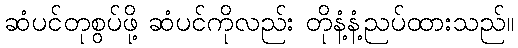
ဆံပင်တုစွပ်ဖို့ ဆံပင်ကိုလည်း တိုနံ့နံ့ညပ်ထားသည်။